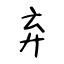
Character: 弃